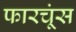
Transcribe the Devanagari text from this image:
फारचूंस